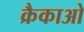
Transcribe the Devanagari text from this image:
क्रैकाओ